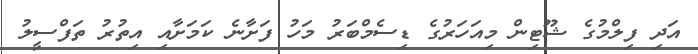
އަދި ފިލްމުގެ ޝޫޓިން މިއަހަރުގެ ޑިސެމްބަރު މަހު ފަށާނެ ކަމަށާއި އިތުރު ތަފްސީލު